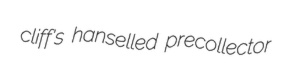
cliff's hanselled precollector